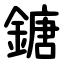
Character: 鎕